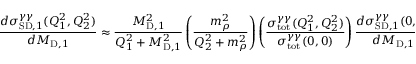
\frac { d \sigma _ { \mathrm { S D } , 1 } ^ { \gamma \gamma } ( Q _ { 1 } ^ { 2 } , Q _ { 2 } ^ { 2 } ) } { d M _ { \mathrm { D } , 1 } } \approx \frac { M _ { \mathrm { D } , 1 } ^ { 2 } } { Q _ { 1 } ^ { 2 } + M _ { \mathrm { D } , 1 } ^ { 2 } } \left( \frac { m _ { \rho } ^ { 2 } } { Q _ { 2 } ^ { 2 } + m _ { \rho } ^ { 2 } } \right) \left( \frac { \sigma _ { \mathrm { t o t } } ^ { \gamma \gamma } ( Q _ { 1 } ^ { 2 } , Q _ { 2 } ^ { 2 } ) } { \sigma _ { \mathrm { t o t } } ^ { \gamma \gamma } ( 0 , 0 ) } \right) \frac { d \sigma _ { \mathrm { S D } , 1 } ^ { \gamma \gamma } ( 0 , 0 ) } { d M _ { \mathrm { D } , 1 } }